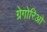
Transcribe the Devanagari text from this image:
ग्रेगोरिओ